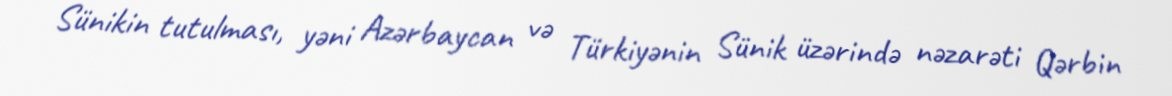
Sünikin tutulması, yəni Azərbaycan və Türkiyənin Sünik üzərində nəzarəti Qərbin